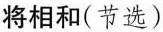
将相和(节选)